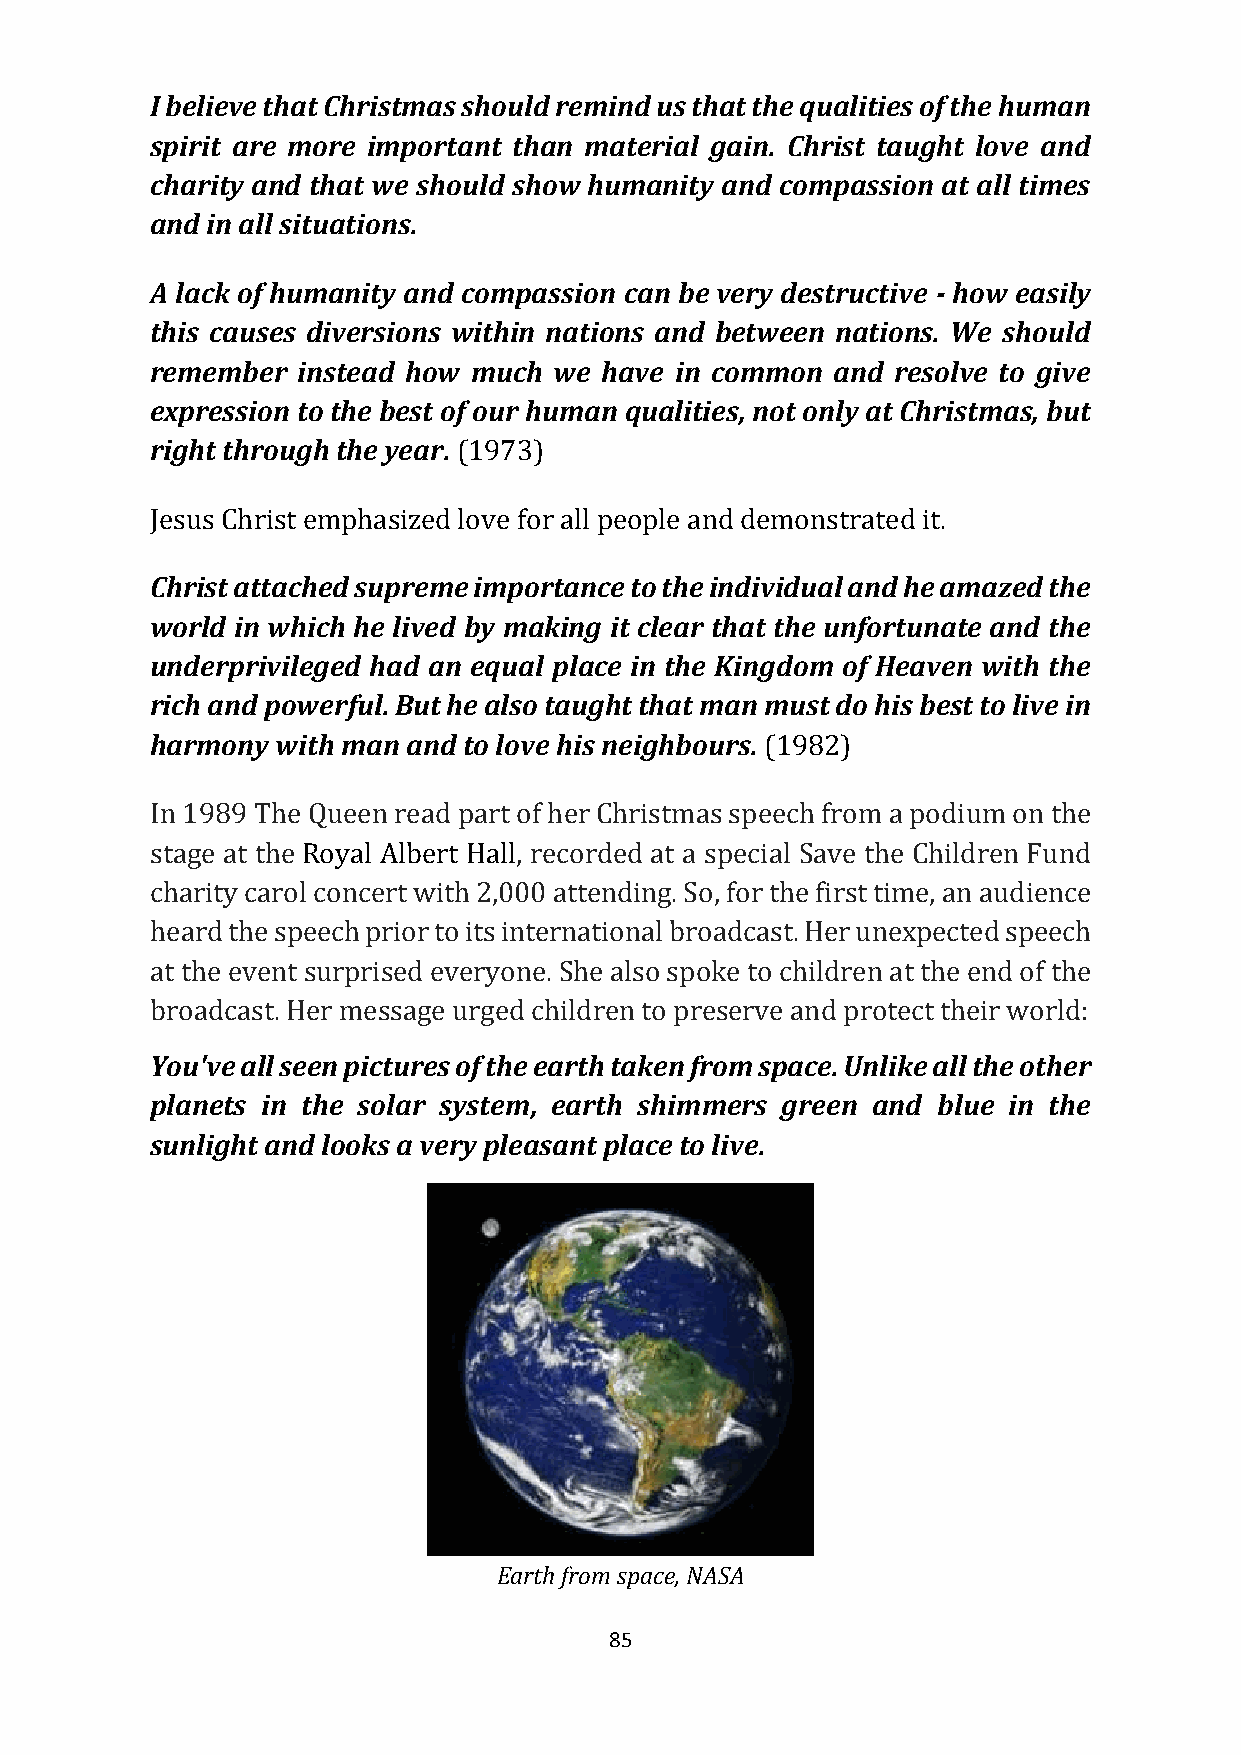
I believe that Christmas should remind us that the qualities of the human
 spirit are more important than material gain. Christ taught love and
 charity and that we should show humanity and compassion at all times
 and in all situations.
 A lack of humanity and compassion can be very destructive - how easily
 this causes diversions within nations and between nations. We should
 remember  instead how much we have in common and resolve to give
 expression to the best of our human qualities, not only at Christmas, but
 right through the year. (1973)
 Jesus Christ emphasized love for all people and demonstrated it.
 Christ attached supreme importance to the individual and he amazed the
 world in which he lived by making it clear that the unfortunate and the
 underprivileged had an equal place in the Kingdom of Heaven with the
 rich and powerful. But he also taught that man must do his best to live in
 harmony with man and to love his neighbours. (1982)
 In 1989 The Queen read part of her Christmas speech from a podium on the
 stage at the Royal Albert Hall, recorded at a special Save the Children Fund
 charity carol concert with 2,000 attending. So, for the first time, an audience
 heard the speech prior to its international broadcast. Her unexpected speech
 at the event surprised everyone. She also spoke to children at the end of the
 broadcast. Her message urged children to preserve and protect their world:
 You've all seen pictures of the earth taken from space. Unlike all the other
 planets in the solar system, earth shimmers green and blue in the
 sunlight and looks a very pleasant place to live.
 Earth from space, NASA
 85